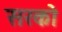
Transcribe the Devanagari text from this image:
सरको